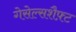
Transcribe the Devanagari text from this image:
गेसेल्सशैफ़्ट